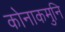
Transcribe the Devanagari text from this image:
कोनाकमुनि